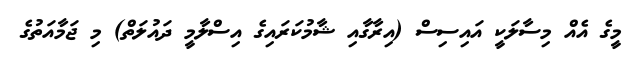
މީގެ އެއް މިސާލަކީ އައިސިސް (އިރާގާއި ޝާމުކަރައިގެ އިސްލާމީ ދައުލަތް) މި ޖަމާއަތުގެ